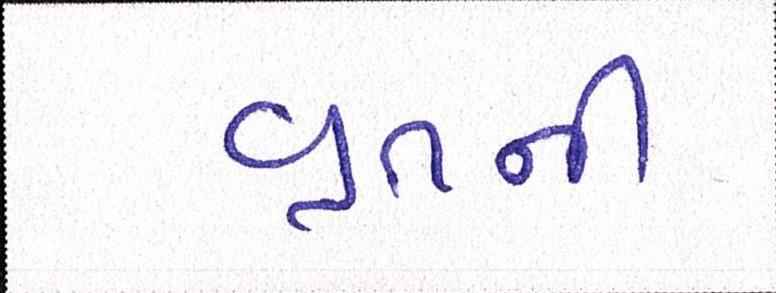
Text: વ્રતની